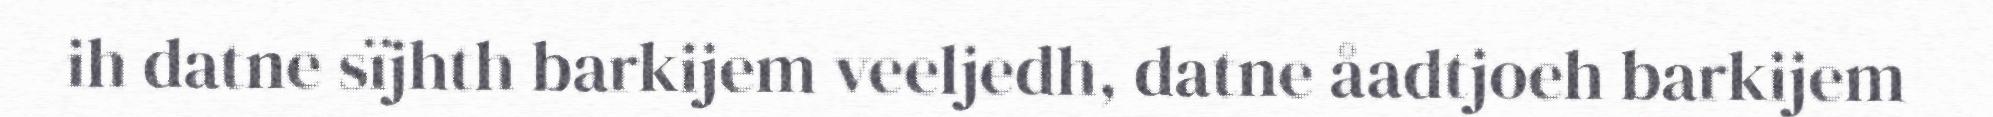
ih datne sïjhth barkijem veeljedh, datne åadtjoeh barkijem